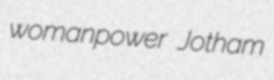
womanpower Jotham